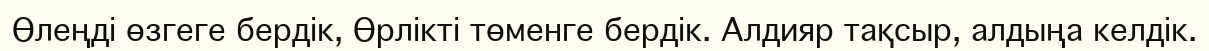
Өлеңді өзгеге бердік, Өрлікті төменге бердік. Алдияр тақсыр, алдыңа келдік.